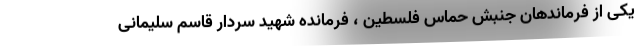
یکی از فرماندهان جنبش حماس فلسطین ، فرمانده شهید سردار قاسم سلیمانی